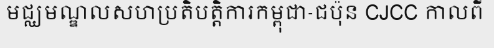
មជ្ឈមណ្ឌលសហប្រតិបត្តិការកម្ពុជា-ជប៉ុន CJCC កាលពី